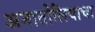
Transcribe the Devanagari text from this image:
अनातोलियाचा